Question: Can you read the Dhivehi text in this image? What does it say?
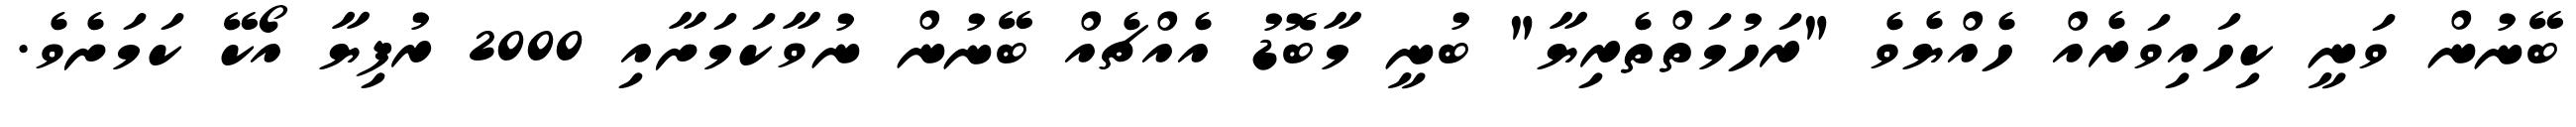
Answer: ބޭނުން ވަނީ ކިހައިވަރެއް ހެއްޔެވެ "ރަހުމަތްތެރިޔާ" ބުނީ މާބޮޑު އެއްޗެއް ބޭނުން ނުވާކަމަށާއި 2000 ރުފިޔާ އޯކޭ ކަމަށެވެ.